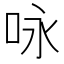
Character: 咏